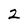
Character: 2